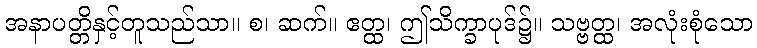
အနာပတ္တိနှင့်တူသည်သာ။ စ၊ ဆက်။ ဧတ္ထ၊ ဤသိက္ခာပုဒ်၌။ သဗ္ဗတ္ထ၊ အလုံးစုံသော